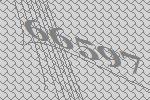
66597